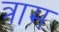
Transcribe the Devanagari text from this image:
त्राम